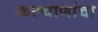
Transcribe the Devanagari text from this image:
कल्याणांचा